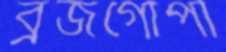
ব্রজগোপী